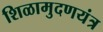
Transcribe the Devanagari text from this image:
शिळामुदणयंत्र